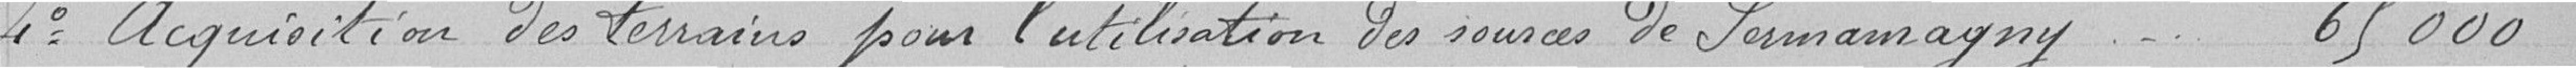
4 Acquisition des terrains pour l'utilisation des sources de Sermamagny 65000